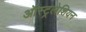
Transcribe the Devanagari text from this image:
ऑस्ट्रलेशियन